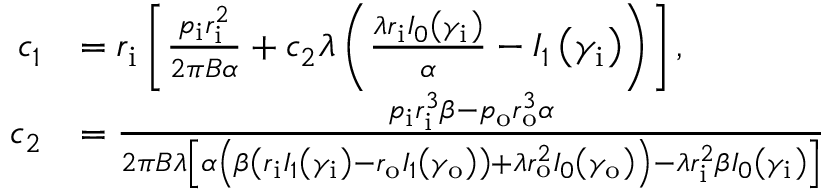
\begin{array} { r l } { c _ { 1 } } & { = r _ { \mathrm { { i } } } \left[ \frac { p _ { \mathrm { i } } r _ { \mathrm { { i } } } ^ { 2 } } { 2 \pi B \alpha } + c _ { 2 } \lambda \left( \frac { \lambda r _ { \mathrm { { i } } } I _ { 0 } \left( \gamma _ { \mathrm { i } } \right) } { \alpha } - I _ { 1 } \left( \gamma _ { \mathrm { i } } \right) \right) \right] , } \\ { c _ { 2 } } & { = \frac { p _ { \mathrm { { i } } } r _ { \mathrm { i } } ^ { 3 } \beta - p _ { \mathrm { { o } } } r _ { \mathrm { o } } ^ { 3 } \alpha } { 2 \pi B \lambda \left[ \alpha \left( \beta \left( r _ { \mathrm { { i } } } I _ { 1 } \left( \gamma _ { \mathrm { i } } \right) - r _ { \mathrm { { o } } } I _ { 1 } \left( \gamma _ { \mathrm { o } } \right) \right) + \lambda r _ { \mathrm { { o } } } ^ { 2 } I _ { 0 } \left( \gamma _ { \mathrm { o } } \right) \right) - \lambda r _ { \mathrm { { i } } } ^ { 2 } \beta I _ { 0 } \left( \gamma _ { \mathrm { i } } \right) \right] } } \end{array}